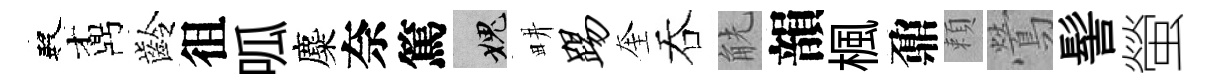
殿鼒齡徂呱麋奈篤愧畊踢奎吞觥韻楓鼐頼鶯髻螢